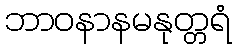
ဘာဝနာနမနုတ္တရံ